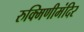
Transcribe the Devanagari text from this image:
रुक्मिणीमंदिर